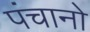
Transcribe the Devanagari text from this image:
पंचानो